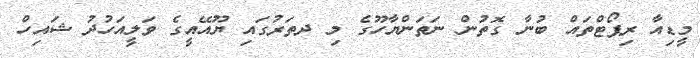
މީޑިއާ ރިޕޯޓްތައް ބުނާ ގޮތުން ނަތަންޔާހޫގެ މި ދތަރުގައި ޔޫއޭއީގެ ވަލީއަހުދު ޝައިހް